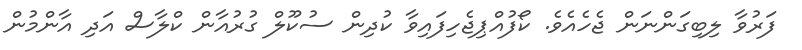
ފަރުވާ ލިބިގަންނަން ޖެހެއެވެ. ކޯފުއްޕިޖެހިފައިވާ ކުދިން ސުކޫލް ގުރުއާން ކްލާސް އަދި އާންމުން